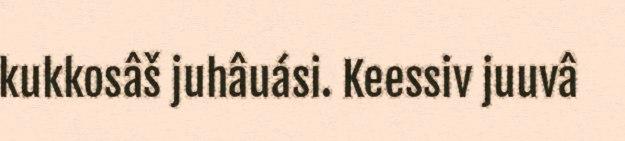
kukkosâš juhâuási. Keessiv juuvâ